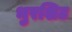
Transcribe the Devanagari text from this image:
भुरशिट